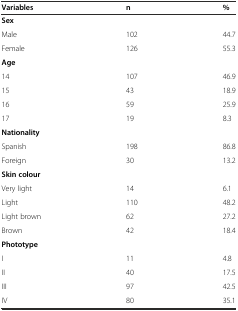
| Variables | n | % |
 | --- | --- | --- |
 | Sex |  |  |
 | Male | 102 | 44.7 |
 | Female | 126 | 55.3 |
 | Age |  |  |
 | 14 | 107 | 46.9 |
 | 15 | 43 | 18.9 |
 | 16 | 59 | 25.9 |
 | 17 | 19 | 8.3 |
 | Nationality |  |  |
 | Spanish | 198 | 86.8 |
 | Foreign | 30 | 13.2 |
 | Skin colour |  |  |
 | Very light | 14 | 6.1 |
 | Light | 110 | 48.2 |
 | Light brown | 62 | 27.2 |
 | Brown | 42 | 18.4 |
 | Phototype |  |  |
 | I | 11 | 4.8 |
 | II | 40 | 17.5 |
 | III | 97 | 42.5 |
 | IV | 80 | 35.1 |